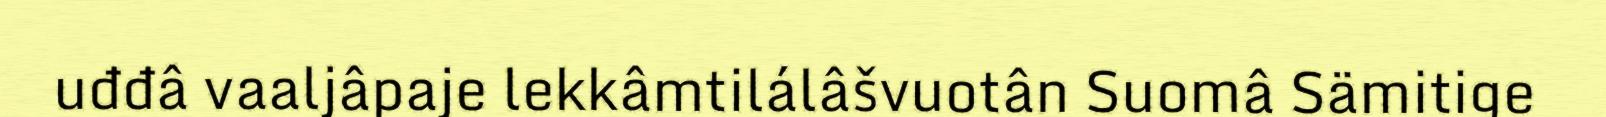
uđđâ vaaljâpaje lekkâmtilálâšvuotân Suomâ Sämitige